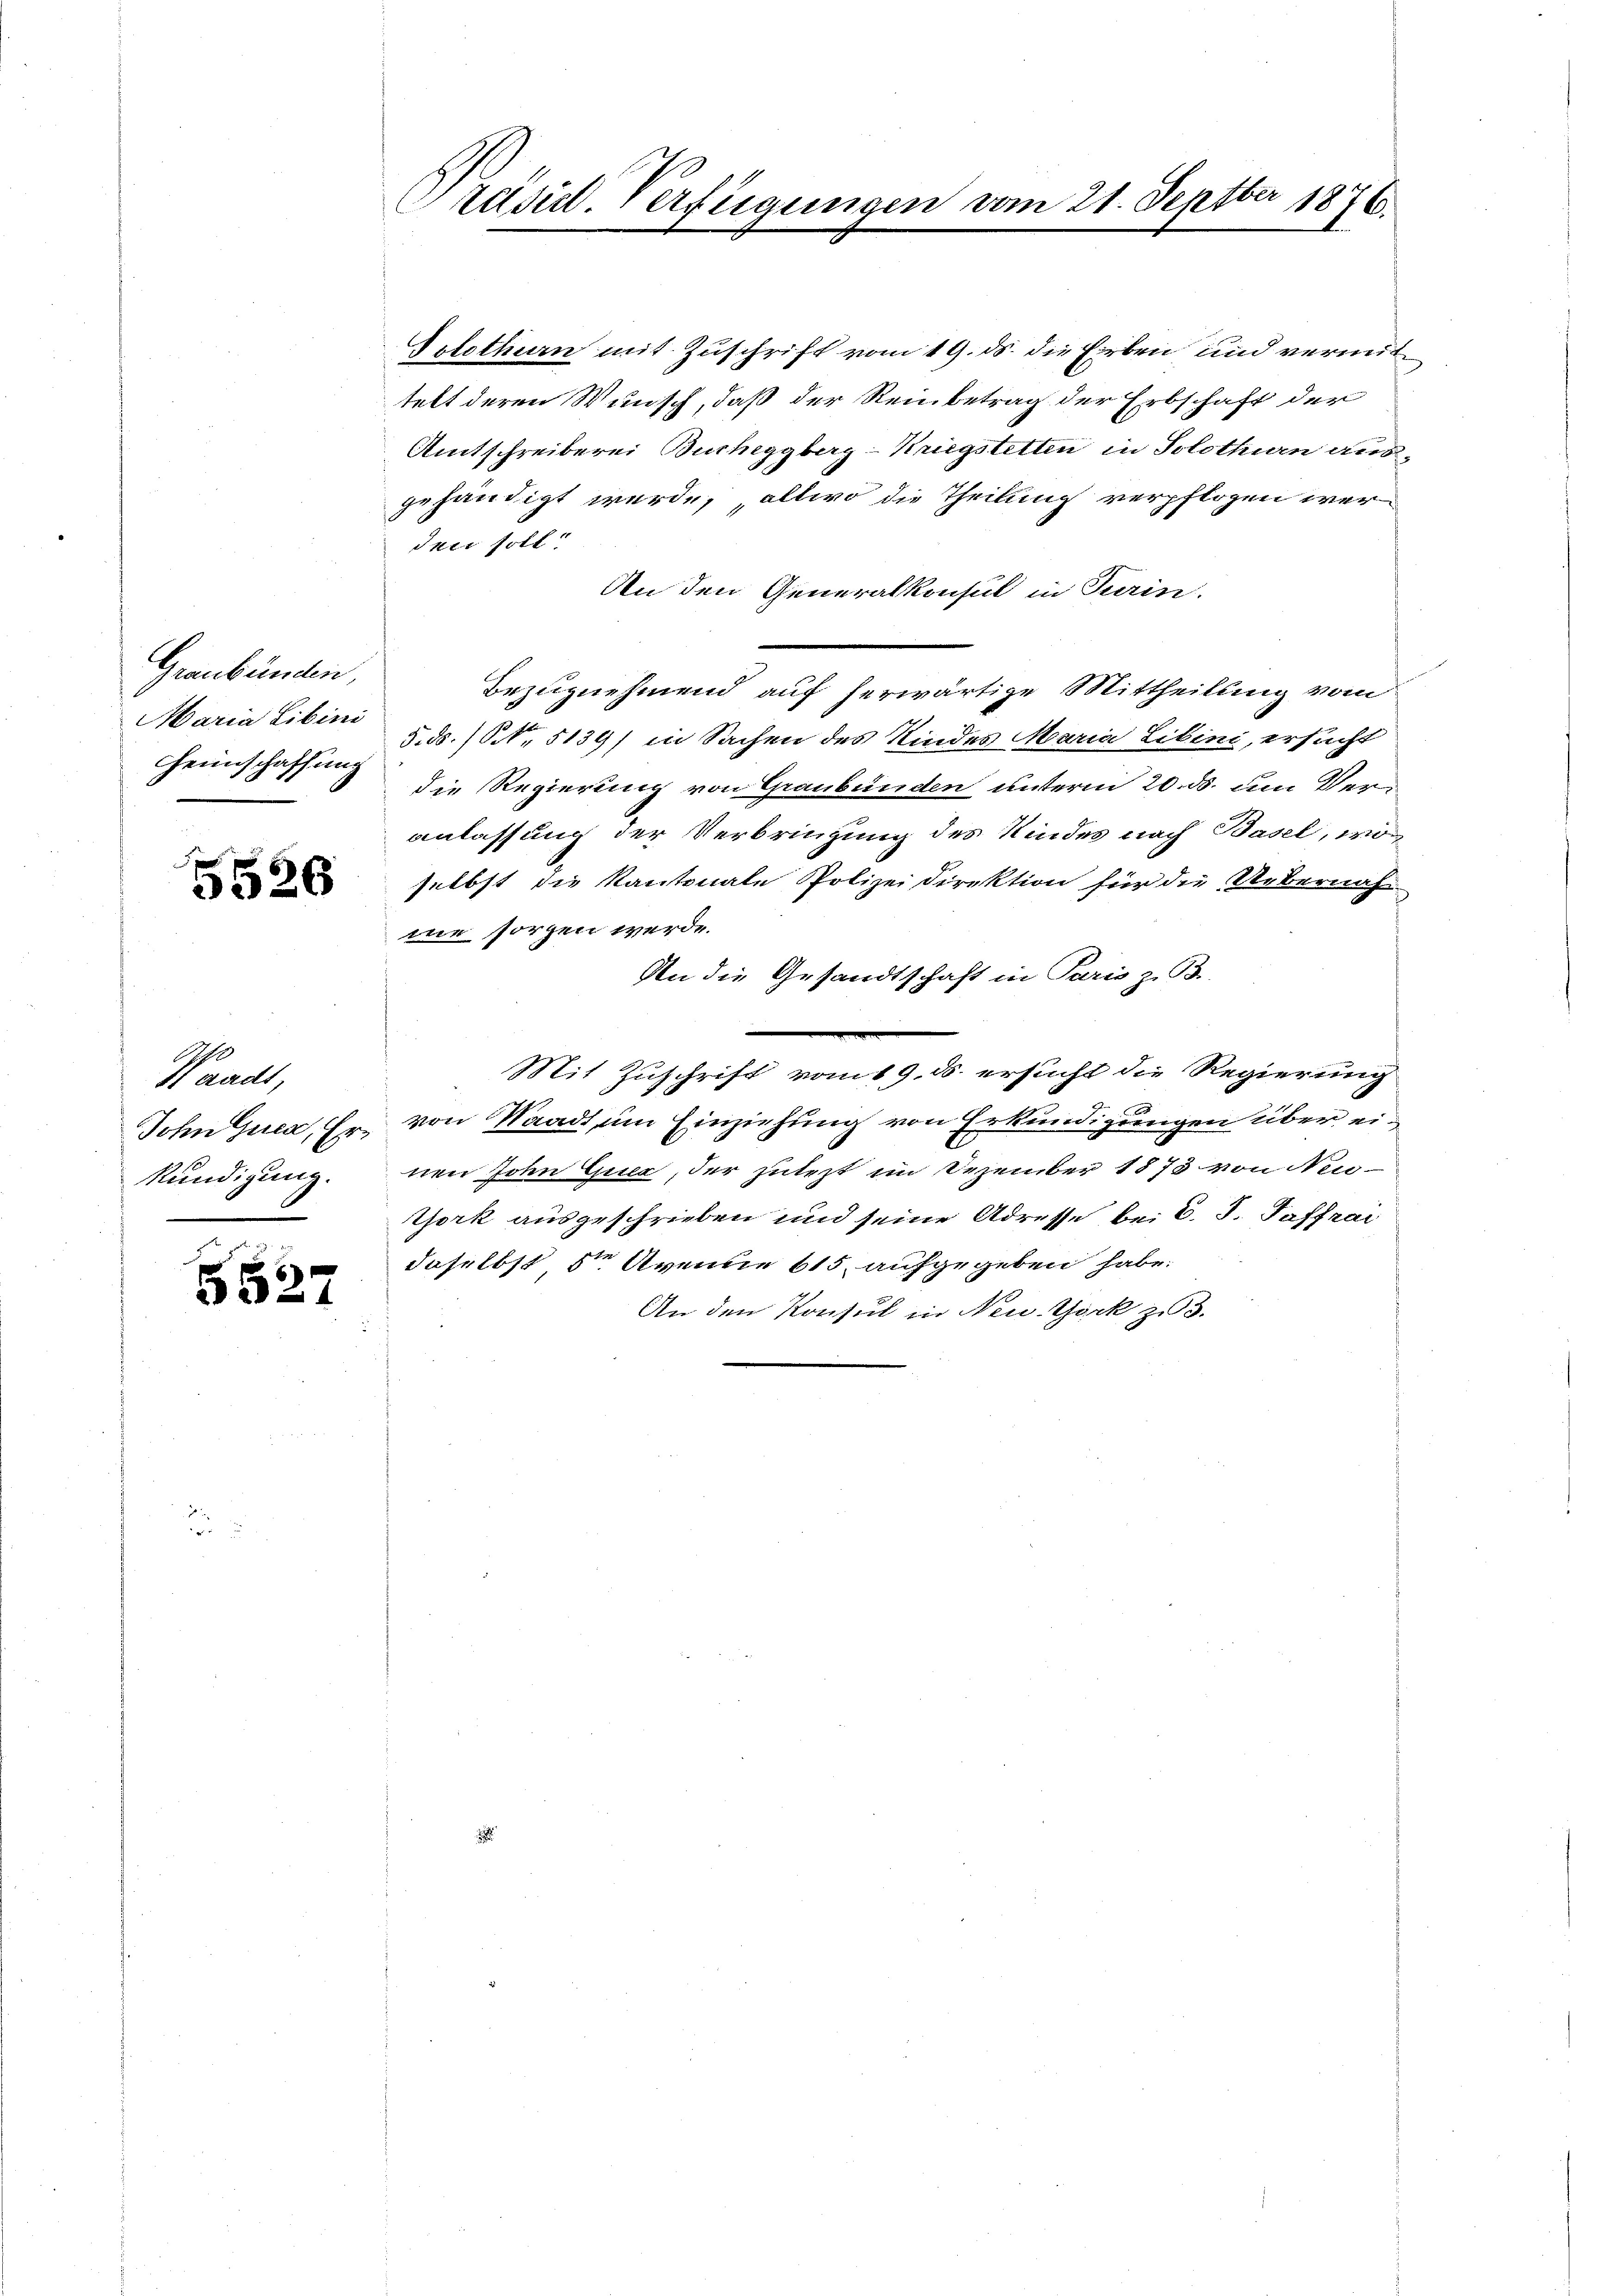
Graubünden,
Maria Libini

5526

Waadt,
kündigung.

5527

Präsid. Verfügungen vom 21. Septber 1876.

Solothurn mit Zuschrift vom 19. ds. die Erben und vermit
telt deren Wunsch, daß der Reinbetrag der Erbschaft der
Amtschreiberei Bucheggberg-Kriegstetten in Solothurn ausgehändigt werde, allwo die Theilung verpflogen werdner soll
An den Generalkonsul in Turin.
Bezugnehmend auf herwärtige Mittheilung vom
5. ds. (ONNo. 5139) in Sachen des Kindes Maria Libini, ersucht
Heimschaffung die Regierung von Graubünden unterm 20. ds. um Veranlassung der Verbringung des Kindes nach Basel, woselbst die Kantonale Polizei Direktion für die Uebernah
me sorgen werde.
An die Gesandtschaft in Paris z. B.
Mit Zuschrift vom 19. ds. ersucht die Regierung
Sohn Guca, Er von Waadt, um Einziehung von Erkundigungen über einen John Quec, der zulezt im Dezember 1873 von Neu¬
York ausgeschrieben und seine Adresse bei C. S. Taffrai
daselbst ste Avenue 615 aufgegeben habe.
An den Konsul in New-York zu 3.